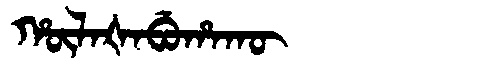
Manchu: ᡥᡡᠯᠠᡧᠠᠪᡠᡥᠠᡴᡡ
Romanization: HŪLAŠABUHAKŪ